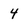
Character: 4